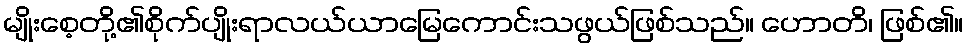
မျိုးစေ့တို့၏စိုက်ပျိုးရာလယ်ယာမြေကောင်းသဖွယ်ဖြစ်သည်။ ဟောတိ၊ ဖြစ်၏။